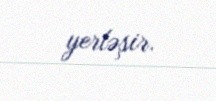
yerləşir.